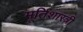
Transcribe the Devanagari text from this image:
मूर्तिशास्त्री